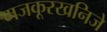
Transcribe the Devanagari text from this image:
मजकूरखनिजे